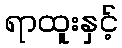
ရာထူးနှင့်